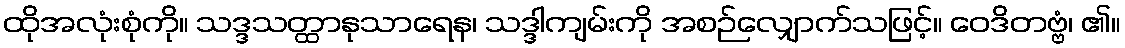
ထိုအလုံးစုံကို။ သဒ္ဒသတ္ထာနုသာရေန၊ သဒ္ဒါကျမ်းကို အစဉ်လျှောက်သဖြင့်။ ဝေဒိတဗ္ဗံ၊ ၏။